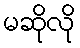
မဆိုလို